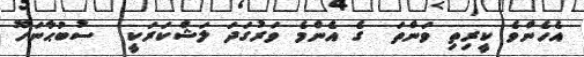
އެހެންވެ ކީރިތި ވަންތަ  ގެ އެންމެ ވަރުގަދަ ލަޝްކަރަކީ  ސުބުޙާނަހޫ